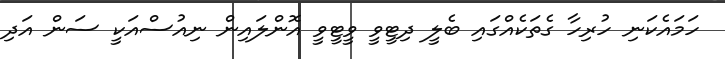
ހަމައެކަނި ހުރިހާ ގެތަކެއްގައި ބެލީ ދިޓީވީ ވީޓީވީ އޮންލައިން ނިއުސްއަކީ ސަން އަދި